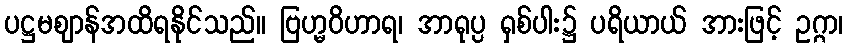
ပဋ္ဌမဈာန်အထိရနိုင်သည်။ ဗြဟ္မဝိဟာရ၊ အာရုပ္ပ ရှစ်ပါး၌ ပရိယာယ် အားဖြင့် ဥဂ္ဂာ၊